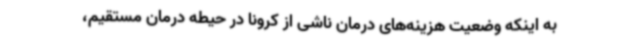
به اینکه وضعیت هزینه‌های درمان ناشی از کرونا در حیطه درمان مستقیم،